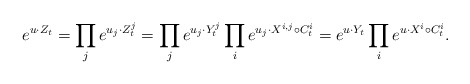
\begin{align*}e^{u\cdot Z_t}=\prod_{j}e^{u_j\cdot Z^j_t }=\prod_j e^{u_j \cdot Y^j_t}\prod_i e^{u_j \cdot X^{i,j}\circ C^i_t}=e^{u\cdot Y_t}\prod_i e^{u\cdot X^i\circ C^i_t}.\end{align*}